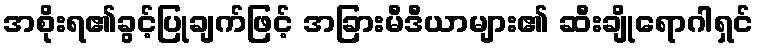
အစိုးရ၏ခွင့်ပြုချက်ဖြင့် အခြားမီဒီယာများ၏ ဆီးချိုရောဂါရှင်